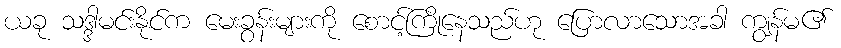
ယခု သဒ္ဒါမင်းနိုင်က မေးခွန်းများကို စောင့်ကြိုနေသည်ဟု ပြောလာသောအခါ ကျွန်မ၏